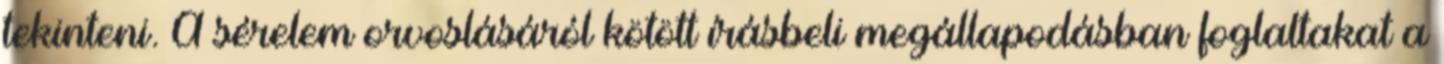
tekinteni. A sérelem orvoslásáról kötött írásbeli megállapodásban foglaltakat a